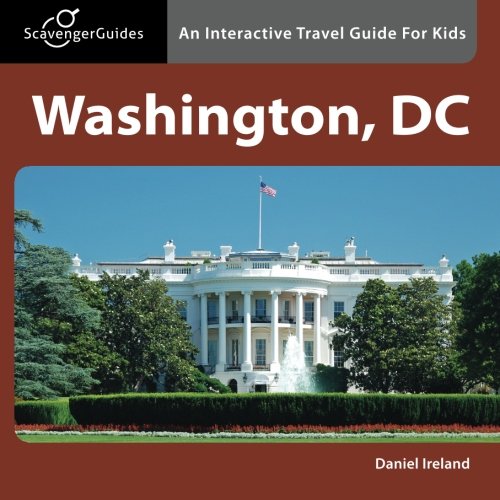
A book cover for Scavenger Guides Washington, DC: An Interactive Travel Guide For Kids; Daniel Ireland; Travel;